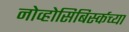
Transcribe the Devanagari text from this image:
नोव्होसिबिर्स्कच्या